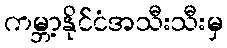
ကမ္ဘာ့နိုင်ငံအသီးသီးမှ